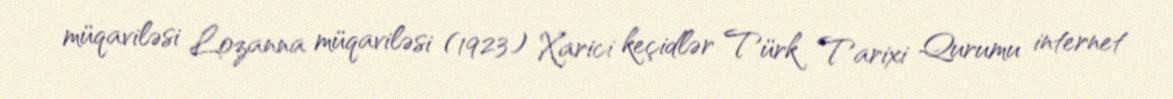
müqaviləsi Lozanna müqaviləsi (1923) Xarici keçidlər Türk Tarixi Qurumu internet